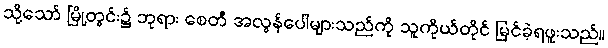
သို့သော် မြို့တွင်း၌ ဘုရား စေတီ အလွန်ပေါများသည်ကို သူကိုယ်တိုင် မြင်ခဲ့ရဖူးသည်။